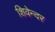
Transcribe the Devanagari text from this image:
शिवेन्दर